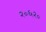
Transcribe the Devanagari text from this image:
२०६२०